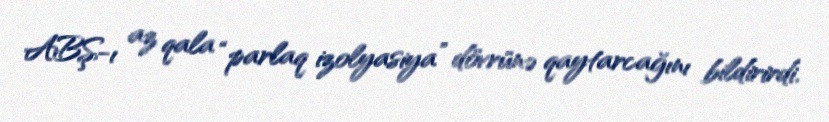
ABŞ-ı az qala “parlaq izolyasiya” dövrünə qaytarcağını bildirirdi.